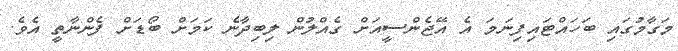
މަގާމުގައި ބަހައްޓައިފިނަމަ އެ އޭޖެންސީއަށް ގެއްލުން ލިބިދާނެ ކަމަށް ބޯޑަށް ފެންނާތީ އެވެ.